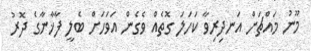
މޫނު މައްޗަށް އަނދިރިވާ ކަހަލަ ގޮތެއް ވެގެން އަވަހަށް ބެލީ ފާޚާނާގެ ދޮރު